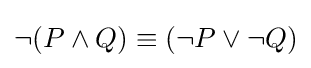
\neg (P\land Q)\equiv (\neg P\lor \neg Q)